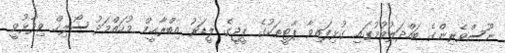
ނޫސްވެރިންގެ ބައްދަލުވުމުގައި ގުޅިފައިވާ ޕާޓީތަކުގެ ޕީޖީގެ ލީޑަރު އިބްރާޙީމް މުހައްމަދު ސޯލިހް ވިދާޅުވީ